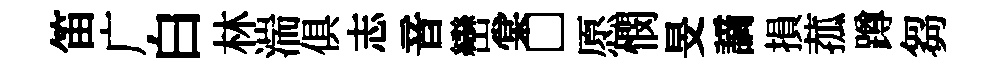
笛广白林湍俱志音巒棠□愿憫旻謫損菰蹲芻